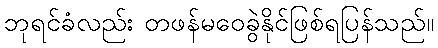
ဘုရင်ခံလည်း တဖန်မဝေခွဲနိုင်ဖြစ်ရပြန်သည်။